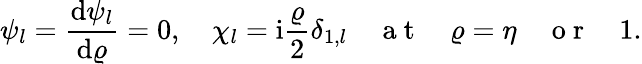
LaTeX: \psi_{l}=\frac{\mathrm{d}\psi_{l}}{\mathrm{d}\varrho}=0,\quad\chi_{l}=\mathrm{i}\frac{\varrho}{2}\delta_{1,l}\quad\mathrm{~a~t~}\quad\varrho=\eta\quad\mathrm{~o~r~}\quad 1.